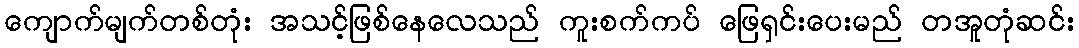
ကျောက်မျက်တစ်တုံး အသင့်ဖြစ်နေလေသည် ကူးစက်ကပ် ဖြေရှင်းပေးမည် တအူတုံဆင်း